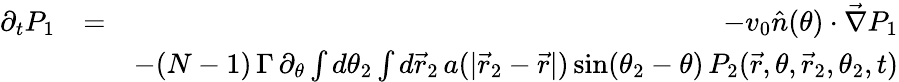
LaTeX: \begin{array}{rlr}{\partial_{t}P_{1}}&{=}&{-v_{0}\hat{n}(\theta)\cdot\vec{\nabla}P_{1}}\\ &{}&{-(N-1)\, \Gamma\, \partial_{\theta}\int d\theta_{2}\int d\vec{r}_{2}\, a(|\vec{r}_{2}-\vec{r}|)\, \mathrm{sin}(\theta_{2}-\theta)\, P_{2}(\vec{r},\theta,\vec{r}_{2},\theta_{2},t)}\end{array}